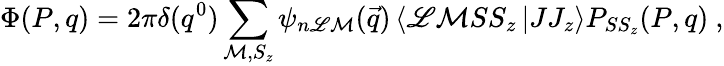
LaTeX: \Phi(P,q)=2\pi\delta(q^{0})\sum_{\mathcal{M},S_{z}}\psi_{n\mathscr{L}\mathcal{M}}(\vec{{q}})\left<\mathscr{L}\mathcal{M}SS_{z}\left|JJ_{z}\right.\right>P_{SS_{z}}(P,q)\ ,